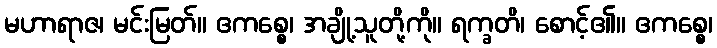
မဟာရာဇ၊ မင်းမြတ်။ ဧကစ္စေ၊ အချို့သူတို့ကို။ ရက္ခတိ၊ စောင့်၏။ ဧကစ္စေ၊